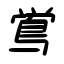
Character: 鴬